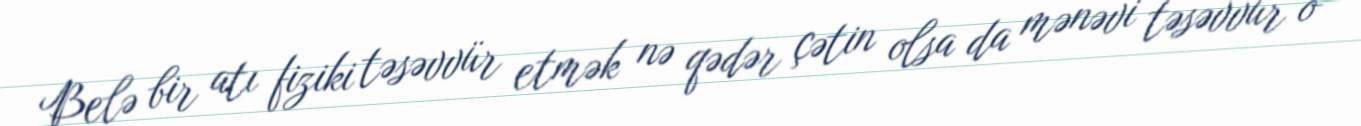
Belə bir atı fiziki təsəvvür etmək nə qədər çətin olsa da mənəvi təsəvvür o